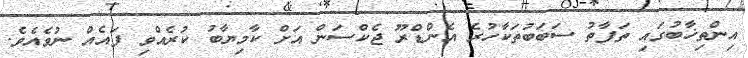
އިންތިޚާބުގައި ތަފާތު ސަބަބުތަކާހުރެ އެންޑްރޫ ޖެކްސަން އަށް ކާމިޔާބު ކުރެއްވި ފައެއް ނުވެއެވެ.